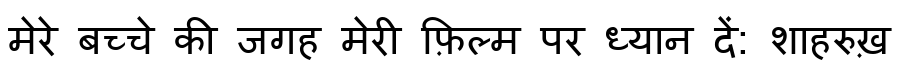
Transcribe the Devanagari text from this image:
मेरे बच्चे की जगह मेरी फ़िल्म पर ध्यान दें: शाहरुख़